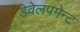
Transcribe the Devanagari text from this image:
डेवेलपमेन्ट